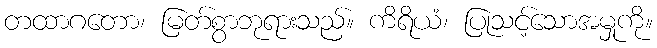
တထာဂတော၊ မြတ်စွာဘုရားသည်။ ကိရိယံ၊ ပြုသင့်သောအမှုကို။